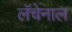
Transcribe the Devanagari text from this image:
लॅचेनाल